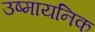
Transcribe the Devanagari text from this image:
उष्मायनिक